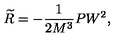
\widetilde { R } = - \frac 1 { 2 M ^ { 3 } } P W ^ { 2 } ,